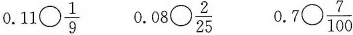
0.11\bigcirc\frac{1}{9} 0.08\frac{2}{25} 0. 7\bigcirc \frac{7}{100}